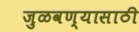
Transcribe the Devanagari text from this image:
जुळवण्यासाठी